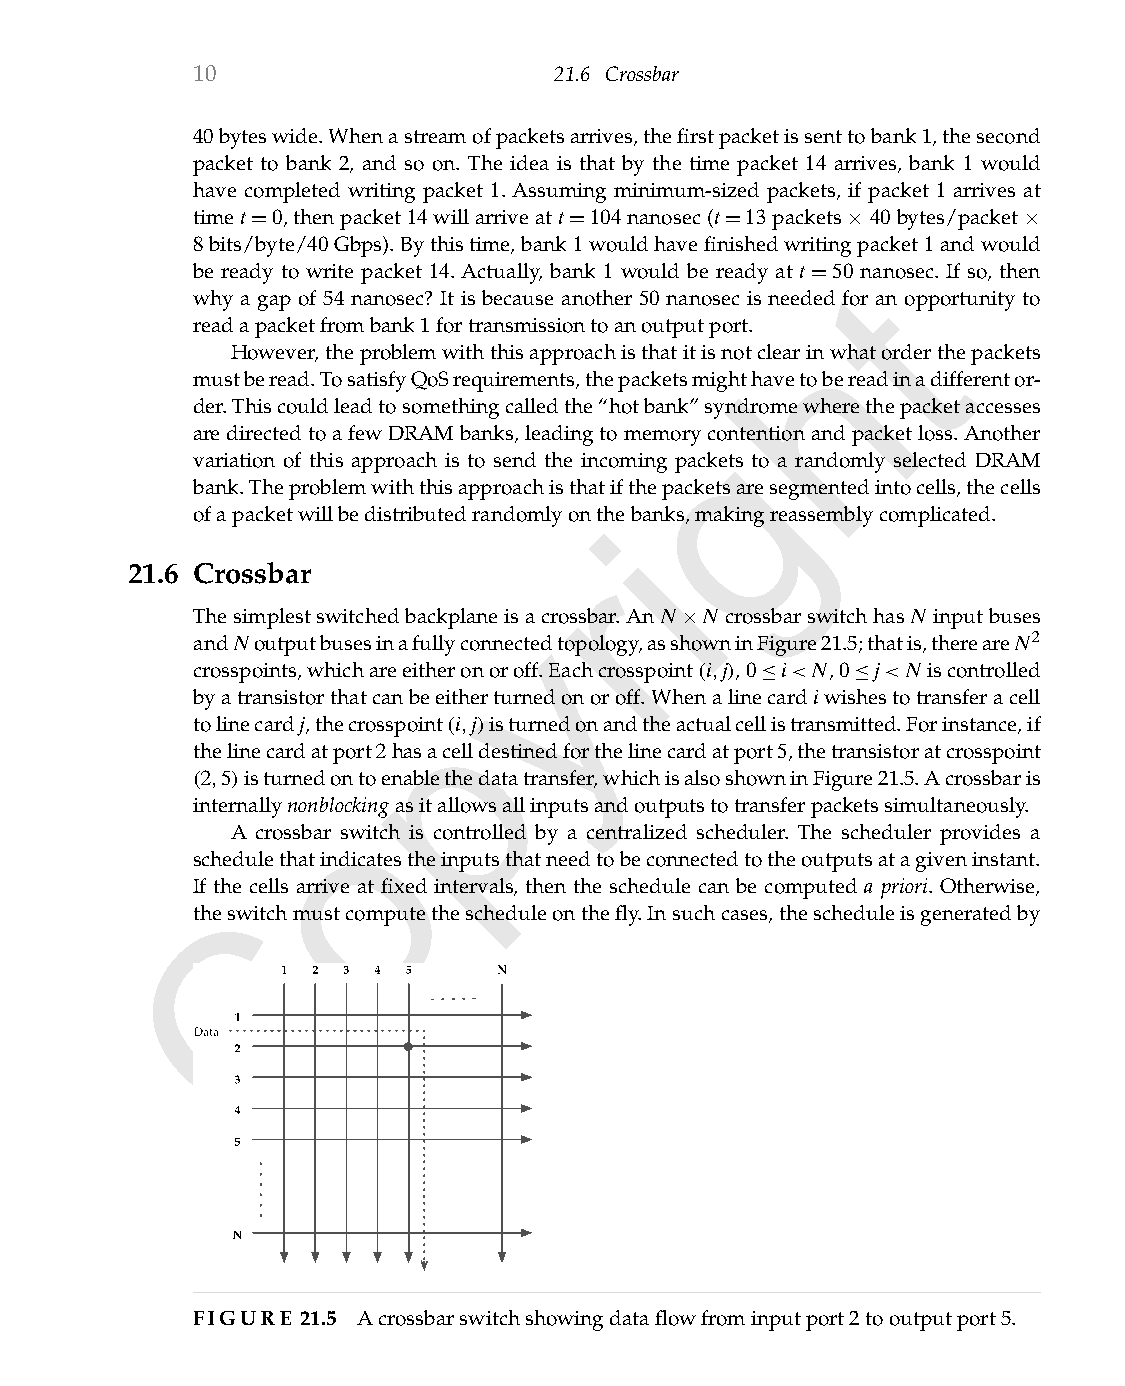
10                      21.6 Crossbar
 40byteswide.Whenastreamofpacketsarrives,thefirstpacketissenttobank1,thesecond
 packet to bank 2, and so on. The idea is that by the time packet 14 arrives, bank 1 would
 have completed writing packet 1. Assuming minimum-sized packets, if packet 1 arrives at
 timet=0,thenpacket14willarriveatt=104nanosec(t=13packets×40bytes/packet×
 8bits/byte/40Gbps).Bythistime,bank1wouldhavefinishedwritingpacket1andwould
 be ready to write packet 14. Actually, bank 1 would be ready at t=50tnanosec. If so, then
 why a gap of 54 nanosec? It is because another 50 nanosec is needed for an opportunity to
 readapacketfrombank1fortransmissiontoanoutputport. h
 However,theproblemwiththisapproachisthatitisnotclearinwhatorderthepackets
 mustberead.TosatisfyQoSrequirements,thepacketsmighthavetobereadinadifferentor-
 der.Thiscouldleadtosomethingcalledthe“hotbank”syndromewherethepacketaccesses
 g
 aredirectedtoafewDRAMbanks,leadingtomemorycontentionandpacketloss.Another
 variation of this approach is to send the incoming packets to a randomly selected DRAM
 bank.Theproblemwiththisapproachisthatifthepacketsaresegmentedintocells,thecells
 ofapacketwillbedistributedrandomlyontihebanks,makingreassemblycomplicated.
 r
 21.6 Crossbar
 Thesimplestswitchedbackplaneiysacrossbar.AnN×N crossbarswitchhasN inputbuses
 andNoutputbusesinafullyconnectedtopology,asshowninFigure21.5;thatis,thereareN2
 crosspoints,whichareeitheronoroff.Eachcrosspoint(i,j),0≤i<N,0≤j<N iscontrolled
 byatransistorthatcanbpeeitherturnedonoroff.Whenalinecardiwishestotransferacell
 tolinecardj,thecrosspoint(i,j)isturnedonandtheactualcellistransmitted.Forinstance,if
 thelinecardatport2hasacelldestinedforthelinecardatport5,thetransistoratcrosspoint
 (2,5)isturnedontoenablethedatatransfer,whichisalsoshowninFigure21.5.Acrossbaris
 o
 internallynonblockingasitallowsallinputsandoutputstotransferpacketssimultaneously.
 A crossbar switch is controlled by a centralized scheduler. The scheduler provides a
 schedulethatindicatestheinputsthatneedtobeconnectedtotheoutputsatagiveninstant.
 If the cells arrive at fixed intervals, then the schedule can be computed a priori. Otherwise,
 C
 theswitchmustcomputethescheduleonthefly.Insuchcases,thescheduleisgeneratedby
 FIGURE 21.5 Acrossbarswitchshowingdataflowfrominputport2tooutputport5.